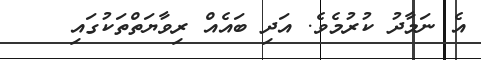
އެ ނަމާދު ކުރުމެވެ. އަދި ބައެއް ރިވާޔަތްތަކުގައި